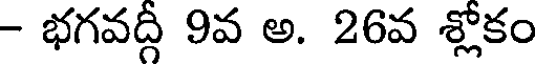
- భగవద్గీ 9వ అ. 26వ శ్లోకం